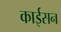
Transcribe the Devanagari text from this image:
काईसन